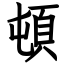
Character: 頓